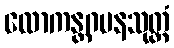
လောကန္တဂမနသုတ္တံ